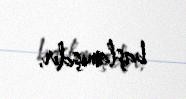
başlamışdır.